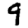
Digit: 9